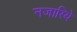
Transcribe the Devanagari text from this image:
नजारिये